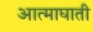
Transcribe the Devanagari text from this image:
आत्माघाती